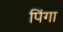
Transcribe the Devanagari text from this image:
पिंगा